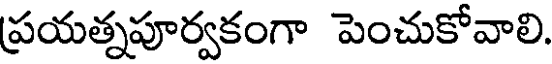
ప్రయత్నపూర్వకంగా పెంచుకోవాలి.